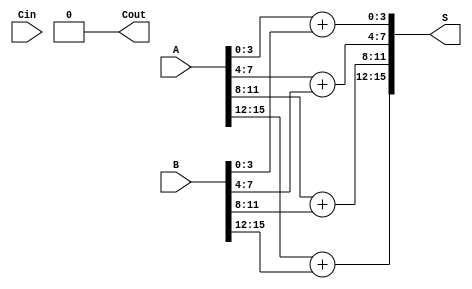
module carry_select_adder #(parameter N = 16, // Total bit width
                            parameter M = 4)  // Block size
(
    input  [N-1:0] A,       // First operand
    input  [N-1:0] B,       // Second operand
    input         Cin,       // Carry-in
    output [N-1:0] S,       // Sum output
    output        Cout       // Carry-out
);

    localparam NUM_BLOCKS = N / M; // Number of blocks
    wire [M-1:0] S0 [NUM_BLOCKS-1:0]; // Sum for carry-in 0
    wire [M-1:0] S1 [NUM_BLOCKS-1:0]; // Sum for carry-in 1
    wire Cout0 [NUM_BLOCKS-1:0];      // Carry-out for carry-in 0
    wire Cout1 [NUM_BLOCKS-1:0];      // Carry-out for carry-in 1
    wire [NUM_BLOCKS-1:0] carry;       // Carry signals between blocks
    wire [NUM_BLOCKS-1:0] mux_select;  // Multiplexer select signals

    // Generate sums and carry-outs for each block
    genvar i;
    generate
        for (i = 0; i < NUM_BLOCKS; i = i + 1) begin : block
            // Local signals
            wire [M-1:0] A_block = A[M*i +: M];
            wire [M-1:0] B_block = B[M*i +: M];
            wire carry_in = (i == 0) ? Cin : carry[i-1];

            // Compute sums and carry-outs for carry-in 0
            assign S0[i] = A_block + B_block;
            assign Cout0[i] = (A_block + B_block + 1'b0) >> M;

            // Compute sums and carry-outs for carry-in 1
            assign S1[i] = A_block + B_block + 1'b1;
            assign Cout1[i] = (A_block + B_block + 1'b1) >> M;

            // Select carry for the next block
            assign carry[i] = (carry_in) ? Cout1[i] : Cout0[i];
        end
    endgenerate

    // Multiplexing the sums based on carry signals
    generate
        for (i = 0; i < NUM_BLOCKS; i = i + 1) begin : mux
            assign S[M*i +: M] = (carry[i]) ? S1[i] : S0[i];
        end
    endgenerate

    // Final carry-out
    assign Cout = carry[NUM_BLOCKS-1];

endmodule